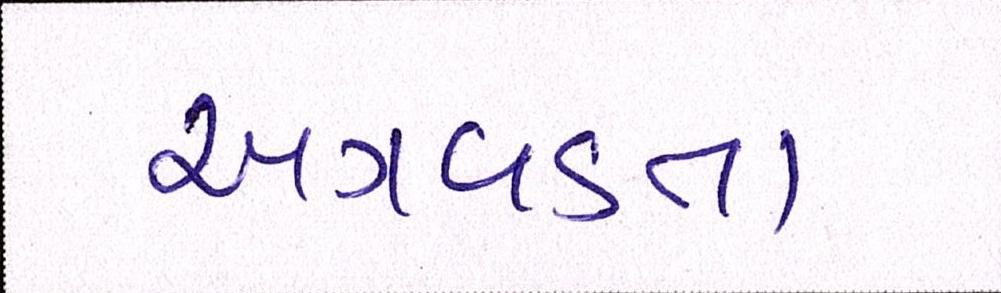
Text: અગવડતા